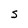
Character: s